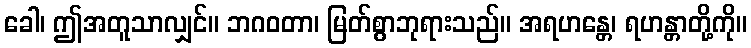
ခေါ၊ ဤအတူသာလျှင်။ ဘဂဝတာ၊ မြတ်စွာဘုရားသည်။ အရဟန္တေ၊ ရဟန္တာတို့ကို။